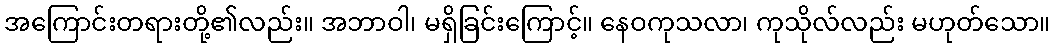
အကြောင်းတရားတို့၏လည်း။ အဘာဝါ၊ မရှိခြင်းကြောင့်။ နေဝကုသလာ၊ ကုသိုလ်လည်း မဟုတ်သော။